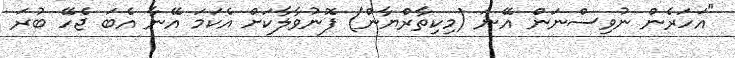
"އަހަރެން ނުވިސްނަން އޭނަ (މިކިތާރްޔާން) ފޮނުވާލާކަށް އެކަމަ އޭނާ އެބަ ޖެހޭ ބުރަ